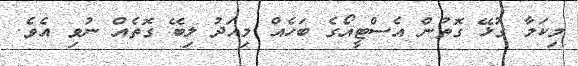
މިކަމާ ގުޅޭ ގޮތުން އެސްޓީއޯގެ ބަހެއް މިއަދު ލިބޭ ގޮތެއް ނުވި އެވެ.